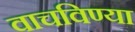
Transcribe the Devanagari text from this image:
वाचविण्या